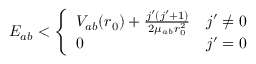
E _ { a b } < \left\{ \begin{array} { l l } { V _ { a b } ( r _ { 0 } ) + \frac { j ^ { \prime } ( j ^ { \prime } + 1 ) } { 2 \mu _ { a b } r _ { 0 } ^ { 2 } } } & { j ^ { \prime } \neq 0 } \\ { 0 } & { j ^ { \prime } = 0 } \end{array} \right.